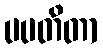
ပပတိတာ